Leprosy in India: report of the Leprosy Commission in India, 1890-91
Year: 1890
Disease focus: Leprosy
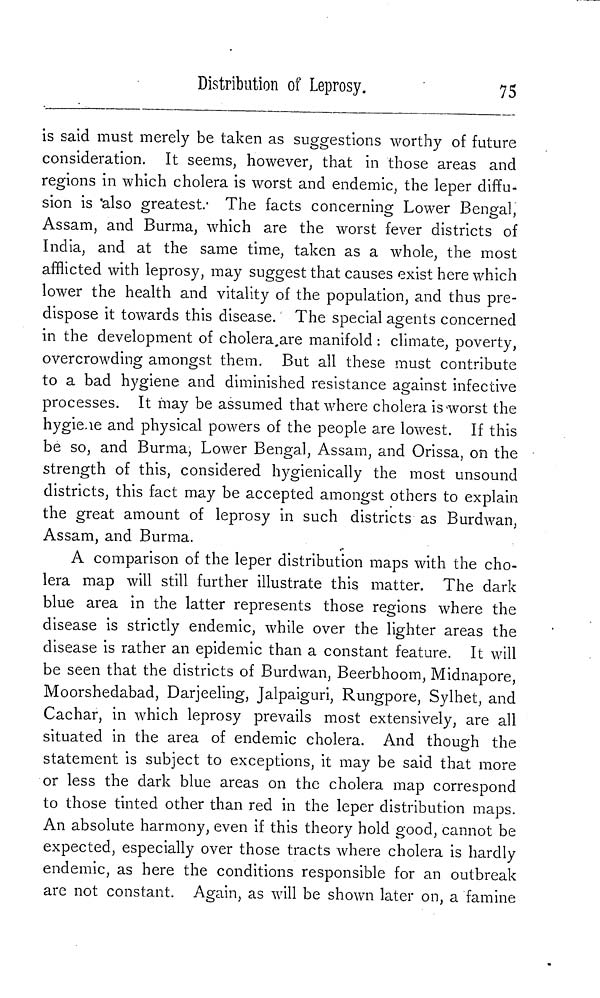
Distribution of Leprosy.
75
is said must merely be taken as suggestions worthy of future
consideration. It seems, however, that in those areas and
regions in which cholera is worst and endemic, the leper diffu-
sion is 'also greatest. 1 The facts concerning Lower Bengal,
Assam, and Burma, which are the worst fever districts of
India, and at the same time, taken as a whole, the most
afflicted with leprosy, may suggest that causes exist here which
lower the health and vitality of the population, and thus pre-
dispose it towards this disease. The special agents concerned
in the development of cholera.are manifold : climate, poverty,
overcrowding amongst them. But all these must contribute
to a bad hygiene and diminished resistance against infective
processes. It may be assumed that where cholera is worst the
hygiene and physical powers of the people are lowest. If this
be so, and Burma, Lower Bengal, Assam, and Orissa, on the
strength of this, considered hygienically the most unsound
districts, this fact may be accepted amongst others to explain
the great amount of leprosy in such districts as Burdwan,
Assam, and Burma.
A comparison of the leper distribution maps with the cho-
lera map will still further illustrate this matter. The dark
blue area in the latter represents those regions where the
disease is strictly endemic, while over the lighter areas the
disease is rather an epidemic than a constant feature. It will
be seen that the districts of Burdwan, Beerbhoom, Midnapore,
Moorshedabad, Darjeeling, Jalpaiguri, Rungpore, Sylhet, and
Cachar, in which leprosy prevails most extensively, are all
situated in the area of endemic cholera. And though the
statement is subject to exceptions, it may be said that more
or less the dark blue areas on the cholera map correspond
to those tinted other than red in the leper distribution maps.
An absolute harmony, even if this theory hold good, cannot be
expected, especially over those tracts where cholera is hardly
endemic, as here the conditions responsible for an outbreak
are not constant. Again, as will be shown later on, a famine